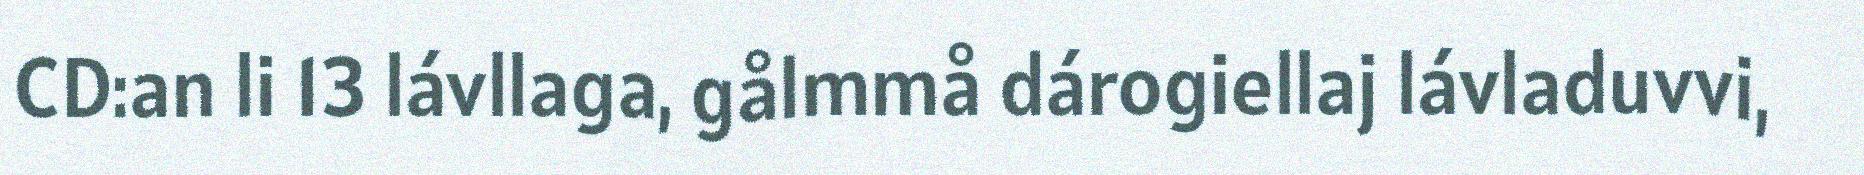
CD:an li 13 lávllaga, gålmmå dárogiellaj lávladuvvi,